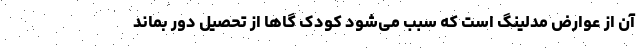
آن از عوارض مدلینگ است که سبب می‌شود کودک گاها از تحصیل دور بماند